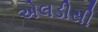
એલડીસી